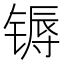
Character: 𬭦